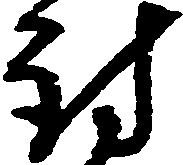
討